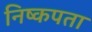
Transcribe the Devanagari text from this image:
निष्कपता